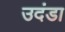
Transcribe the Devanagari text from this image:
उदंडा